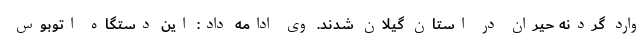
وارد گردنه حیران در استان گیلان شدند. وی ادامه داد: این دستگاه اتوبوس